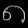
Digit: ၈